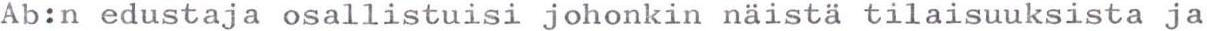
Ab:n edustaja osallistuisi johonkin näistä tilaisuuksista ja